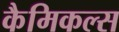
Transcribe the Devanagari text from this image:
कैमिकल्‍स